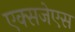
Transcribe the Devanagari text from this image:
एक्सजेएस